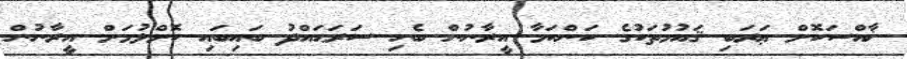
ޚާއްސަކޮށް ޢަރަބި ޤައުމުތަކުގެ ކަންކަމާ އީރާނުން ބެހި ސަރަޙައްދު ބައިބައި ކޮށްލުމަށް އީރާނުން